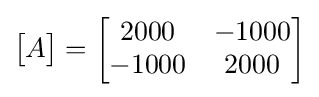
{\begin{bmatrix}A\end{bmatrix}}={\begin{bmatrix}2000&-1000\\-1000&2000\end{bmatrix}}